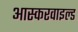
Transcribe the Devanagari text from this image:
आस्करवाइल्ड